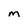
Character: M